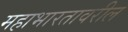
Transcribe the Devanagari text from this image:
महाभारतावरील